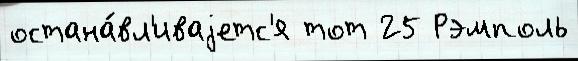
остана́вл'иваjетс'я тот 25 Рэмполь